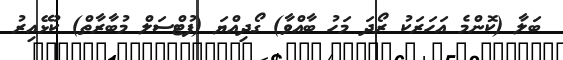
ބަލާ (ކޮންމެ އަހަރަކު ރޯދަ މަހު ބާއްވާ) ގޯދިއްޔަ (ފުޓްސަލް މުބާރާތް) ކުޅޭއިރު